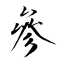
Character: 參